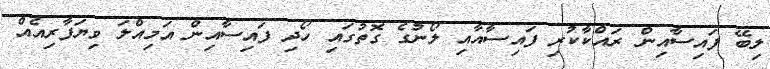
ލިބޭ ފައިސާއިން ރައްކާކުރި ފައިސާއާއި ލޯނުގެ ގޮތުގައި ހޯދި ފައިސާއިން އަމިއްލަ ވިޔަފާރިއެއް